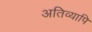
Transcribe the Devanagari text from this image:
अतिव्यापि